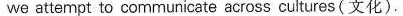
we attempt to communicate across cultures (文化).